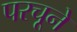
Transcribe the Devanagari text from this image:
परचूने